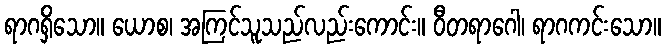
ရာဂရှိသော။ ယောစ၊ အကြင်သူသည်လည်းကောင်း။ ဝီတရာဂေါ၊ ရာဂကင်းသော။